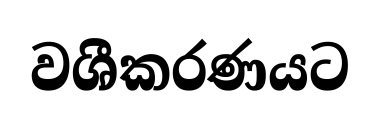
වශීකරණයට